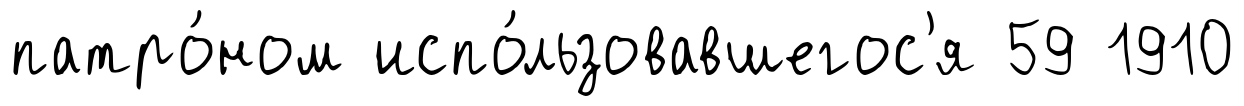
патро́ном испо́льзовавшегос'я 59 1910